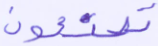
تصنعون